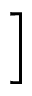
\Big ]